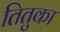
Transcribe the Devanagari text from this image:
तितुका